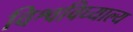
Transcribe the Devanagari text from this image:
विश्वविघ्याल्य